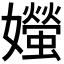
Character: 𪦱